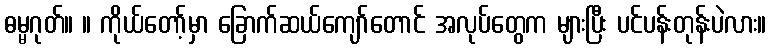
ဓမ္မဂုတ်။ ။ ကိုယ်တော့်မှာ ခြောက်ဆယ်ကျော်တောင် အလုပ်တွေက များပြီး ပင်ပန်းတုန်းပဲလား။